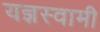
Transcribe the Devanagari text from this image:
यज्ञस्वामी